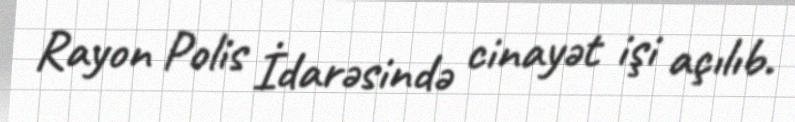
Rayon Polis İdarəsində cinayət işi açılıb.